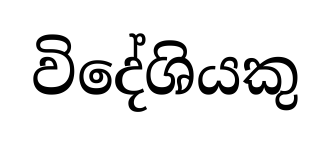
විදේශියකු